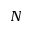
N